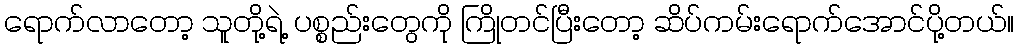
ရောက်လာတော့ သူတို့ရဲ့ ပစ္စည်းတွေကို ကြိုတင်ပြီးတော့ ဆိပ်ကမ်းရောက်အောင်ပို့တယ်။